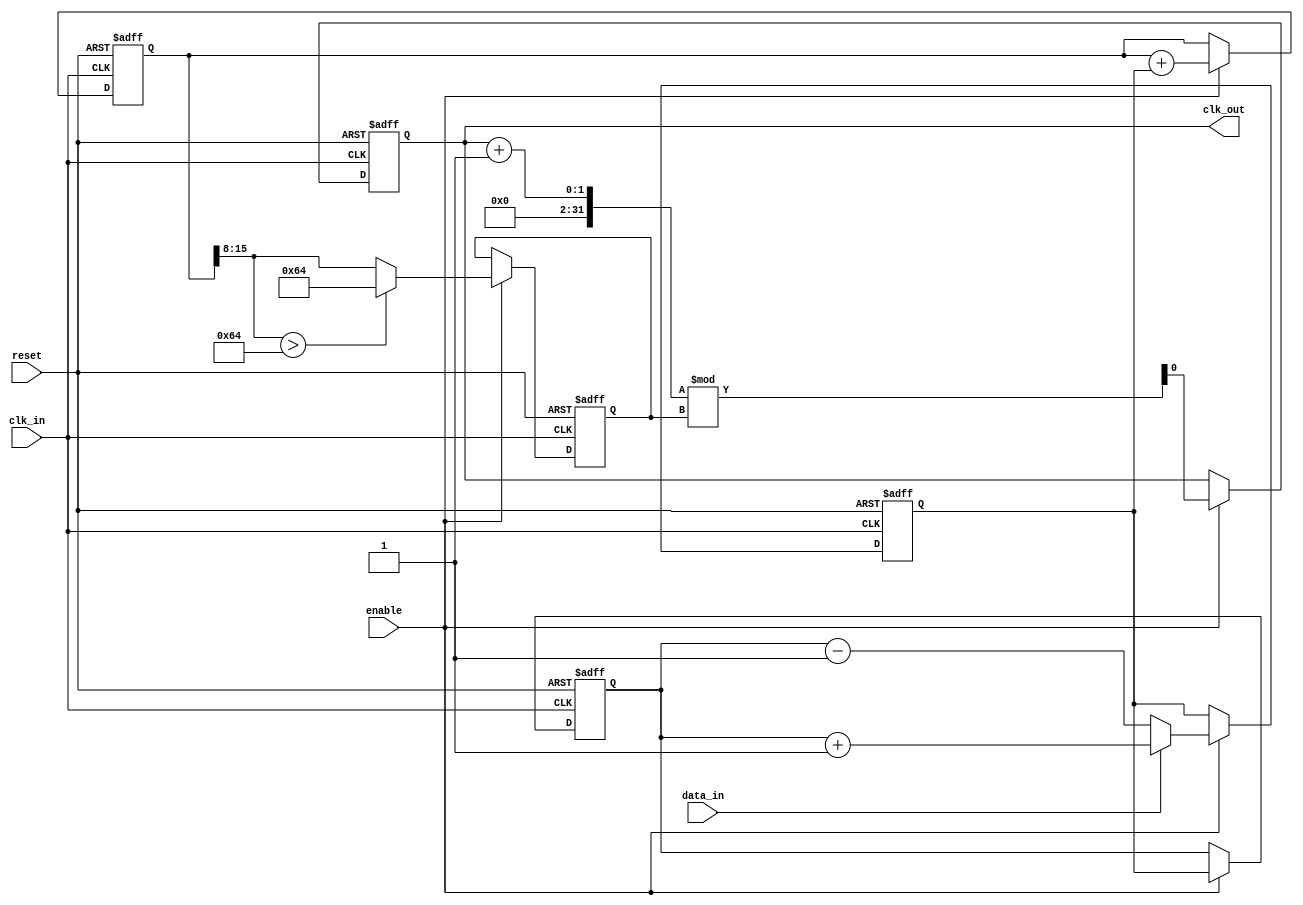
module ClockRecoveryPLL (
    input wire clk_in,             // Incoming data clock signal
    input wire data_in,            // Incoming data stream
    output reg clk_out,            // Output clock signal
    input wire reset,              // Reset signal
    input wire enable              // Enable signal for PLL operation
);

    // Parameters
    parameter integer PHASE_WIDTH = 8; // Width of phase information
    parameter integer FILTER_WIDTH = 16; // Width of loop filter output
    parameter integer VCO_MAX_FREQ = 100; // Max frequency for VCO

    // Internal signals
    reg [PHASE_WIDTH-1:0] phase_error; // Phase error signal
    reg [FILTER_WIDTH-1:0] loop_filter; // Output of loop filter
    reg [7:0] vco_freq;                 // Frequency control for VCO
    reg [PHASE_WIDTH-1:0] phase_memory; // Memory block for phase information

    // Phase Detector
    always @(posedge clk_in or posedge reset) begin
        if (reset) begin
            phase_error <= 0;
        end else if (enable) begin
            // Simple phase detection logic
            if (data_in) begin
                phase_error <= phase_memory + 1; // Increment phase memory
            end else begin
                phase_error <= phase_memory - 1; // Decrement phase memory
            end
        end
    end

    // Loop Filter (Simple Integrator)
    always @(posedge clk_in or posedge reset) begin
        if (reset) begin
            loop_filter <= 0;
        end else if (enable) begin
            loop_filter <= loop_filter + phase_error; // Integrate phase error
        end
    end

    // Voltage-Controlled Oscillator (VCO)
    always @(posedge clk_in or posedge reset) begin
        if (reset) begin
            vco_freq <= 0;
            clk_out <= 0;
        end else if (enable) begin
            // Scale loop filter output to determine VCO frequency
            vco_freq <= (loop_filter[FILTER_WIDTH-1:FILTER_WIDTH-8] > VCO_MAX_FREQ) ? VCO_MAX_FREQ : loop_filter[FILTER_WIDTH-1:FILTER_WIDTH-8];
            clk_out <= (clk_out + 1) % vco_freq; // Generate output clock based on VCO frequency
        end
    end

    // Memory Block for storing phase information
    always @(posedge clk_in or posedge reset) begin
        if (reset) begin
            phase_memory <= 0;
        end else if (enable) begin
            // Store the current phase error for future reference
            phase_memory <= phase_error;
        end
    end

endmodule